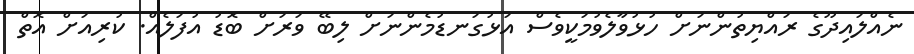
ނެއްލައިދޫގެ ރައްޔިތުންނަށް ހުޅުވާލެވުމަކީވެސް އަޅުގަނޑުމެންނަށް ލިބޭ ވަރަށް ބޮޑު އުފަލެއް. ކުރިއަށް އޮތް